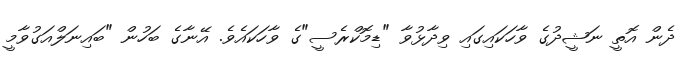
ދެން އޮތީ ނަޝީދުގެ ވާހަކައިގައި ވިދާޅުވާ "ޑިމޮކްރެސީ"ގެ ވާހަކައެވެ. އޭނާގެ ބަހުން "ބައިނަލްއަގުވާމީ